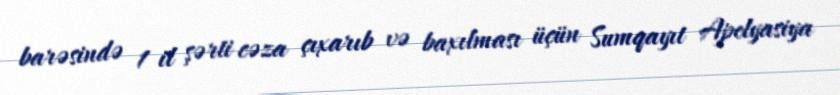
barəsində 1 il şərti cəza çıxarıb və baxılması üçün Sumqayıt Apelyasiya